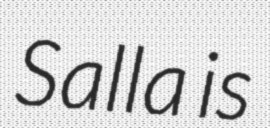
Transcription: Salla is